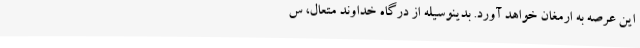
این عرصه به ارمغان خواهد آورد. بدینوسیله از درگاه خداوند متعال، س